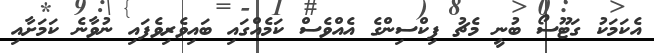
އެކަމަކު ގަޓޫސޯ ބުނީ މެޗު ފިކްސިންގެ އެއްވެސް ކަމެއްގައި ބައިވެރިވެފައި ނުވާނެ ކަމަށާއި